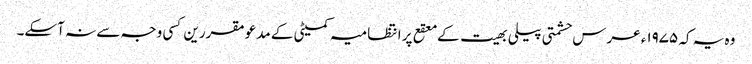
وہ یہ کہ ۱۹۷۵ء عرس حشمتی پیلی بھیت کے معقع پر انتظامیہ کمیٹی کے مدعو مقررین کسی وجہ سے نہ آسکے۔